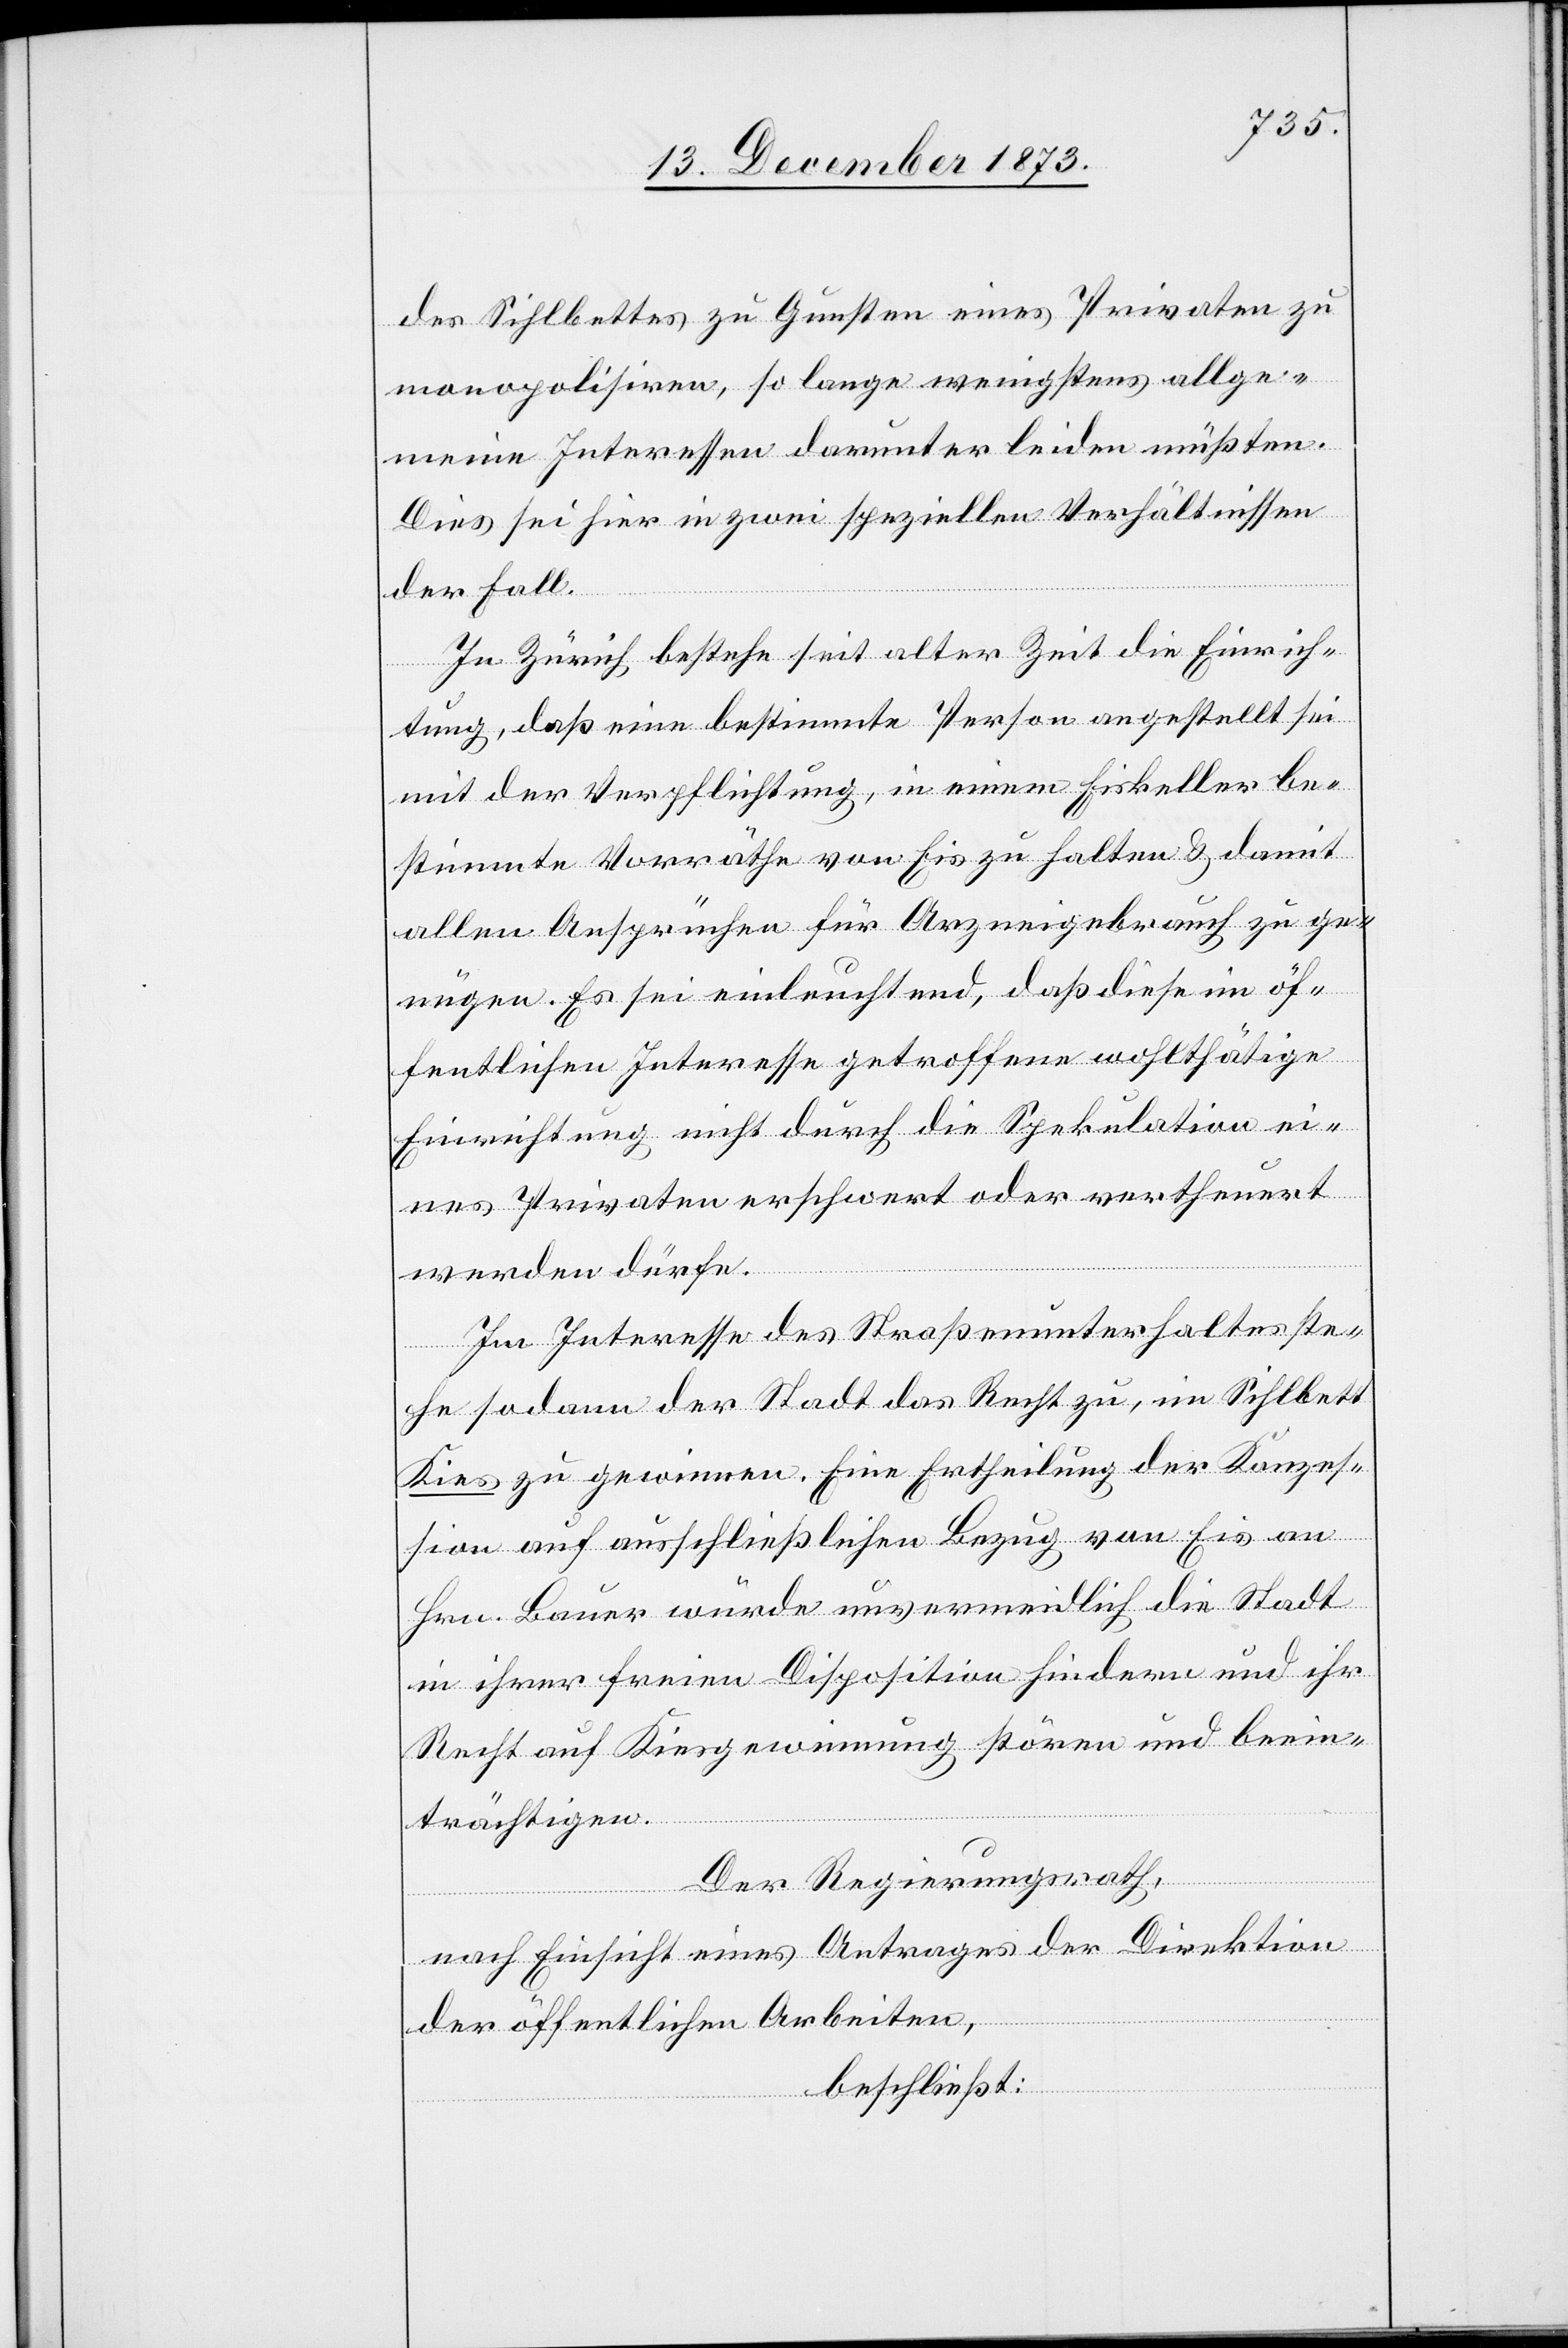
des Sihlbettes zu Gunsten eines Privaten zu
monopolisiren, so lange wenigstens allge¬
meine Interessen darunter leiden müßten.
Dies sei hier in zwei speziellen Verhältnissen
der Fall.
In Zürich bestehe seit alter Zeit die Einrich¬
tung, daß eine bestimmte Person angestellt sei
mit der Verpflichtung, in einem Eiskeller be¬
stimmte Vorräthe von Eis zu halten & damit
allen Ansprüchen für Arzneigebrauch zu gen¬
ügen. Es sei einleuchtend, daß diese im öf¬
fentlichen Interesse getroffene wohlthätige
Einrichtung nicht durch die Spekulation ei¬
nes Privaten erschwert oder vertheuert
werden dürfe.
Im Interesse des Straßenunterhaltes ste¬
he sodann der Stadt das Recht zu, im Sihlbett
Kies zu gewinnen. Eine Ertheilung der Konzes¬
sion auf ausschließlichen Bezug von Eis an
Hrn. Bauer würde unvermeidlich die Stadt
in ihrer freien Disposition hindern und ihr
Recht auf Kiesgewinnung stören und beein¬
trächtigen.
Der Regierungsrath,
nach Einsicht eines Antrages der Direktion
der öffentlichen Arbeiten,
beschließt: